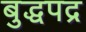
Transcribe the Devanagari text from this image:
बुद्धपद्र